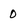
Character: 0